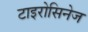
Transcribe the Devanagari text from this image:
टाइरोसिनेज